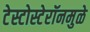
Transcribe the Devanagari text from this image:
टेस्टोस्टेरॉनमुळे